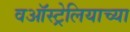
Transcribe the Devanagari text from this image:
वऑस्ट्रेलियाच्या